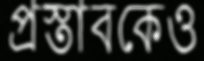
প্রস্তাবকেও